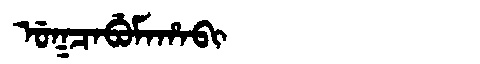
Manchu: ᡠᡴᠴᠠᠪᡠᠮᠠᡥᠠᠪᡳ
Romanization: UKCABUMAHABI